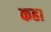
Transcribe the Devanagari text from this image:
कहा